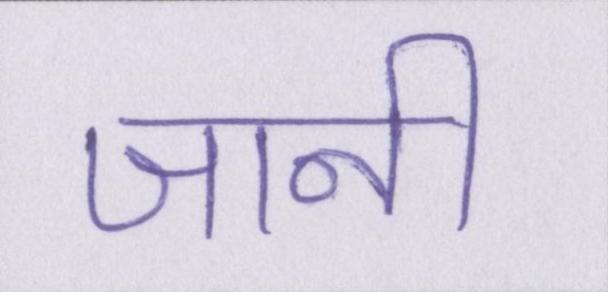
जानी